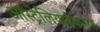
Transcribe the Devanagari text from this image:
ऑस्ट्रेलियाईकरण